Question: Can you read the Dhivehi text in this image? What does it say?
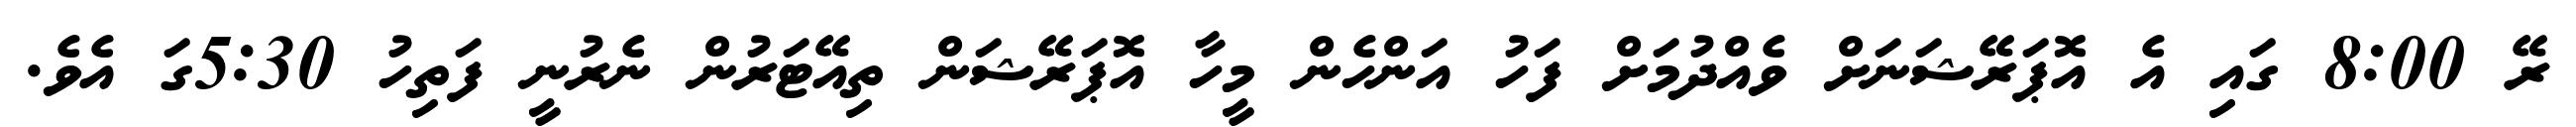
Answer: ރޭ 8:00 ގައި އެ އޮޕަރޭޝަނަށް ވެއްދުމަށް ފަހު އަންހެން މީހާ އޮޕަރޭޝަން ތިއޭޓަރުން ނެރުނީ ފަތިހު 5:30ގަ އެވެ.